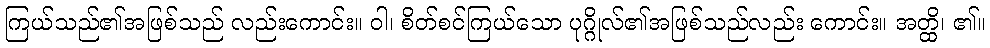
ကြယ်သည်၏အဖြစ်သည် လည်းကောင်း။ ဝါ၊ စိတ်စင်ကြယ်သော ပုဂ္ဂိုလ်၏အဖြစ်သည်လည်း ကောင်း။ အတ္ထိ၊ ၏။